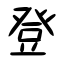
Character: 登